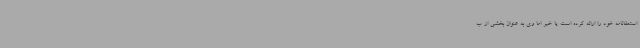
استعفانامه خود را ارائه کرده است یا خیر اما وی به عنوان بخشی از ب